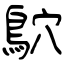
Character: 鴥